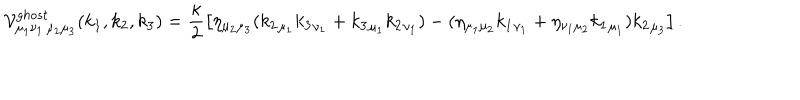
{ \cal V } _ { { \mu _ { 1 } } { \nu _ { 1 } } \, { \mu _ { 2 } } { \mu _ { 3 } } } ^ { g h o s t } ( k _ { 1 } , k _ { 2 } , k _ { 3 } ) = \frac \kappa 2 \left[ \eta _ { { \mu _ { 2 } } { \mu _ { 3 } } } ( { k _ { 2 } } _ { \mu _ { 1 } } { k _ { 3 } } _ { \nu _ { 1 } } + { k _ { 3 } } _ { \mu _ { 1 } } { k _ { 2 } } _ { \nu _ { 1 } } ) - ( \eta _ { { \mu _ { 1 } } { \mu _ { 2 } } } { k _ { 1 } } _ { \nu _ { 1 } } + \eta _ { { \nu _ { 1 } } { \mu _ { 2 } } } { k _ { 1 } } _ { \mu _ { 1 } } ) { k _ { 2 } } _ { \mu _ { 3 } } \right] .